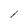
Character: 1